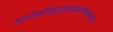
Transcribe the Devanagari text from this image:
जननीमतिकुतूहलाद्बालस्त्रिभुवनत्राता